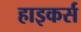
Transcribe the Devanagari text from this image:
हाइकर्स